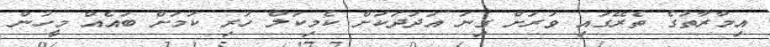
އިމާރާތުގެ ތެރޭގައި ވަރަށް ގިނަ އަދަދަކަށް ކެމިކަލް ހުރި ކަމަށް ބައެއް މީހުން